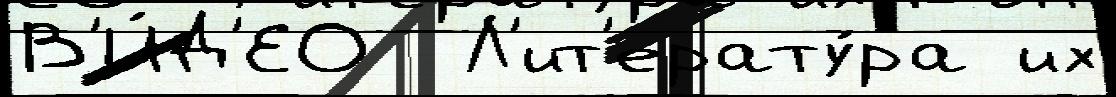
В'И́Д'ЕО  Л'ит'ерату́ра их